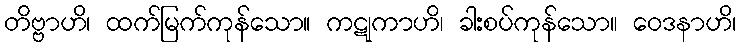
တိဗ္ဗာဟိ၊ ထက်မြက်ကုန်သော။ ကဋုကာဟိ၊ ခါးစပ်ကုန်သော။ ဝေဒနာဟိ၊